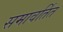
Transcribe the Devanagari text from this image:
समावर्तित